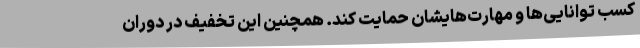
کسب توانایی‌ها و مهارت‌هایشان حمایت کند. همچنین این تخفیف در دوران